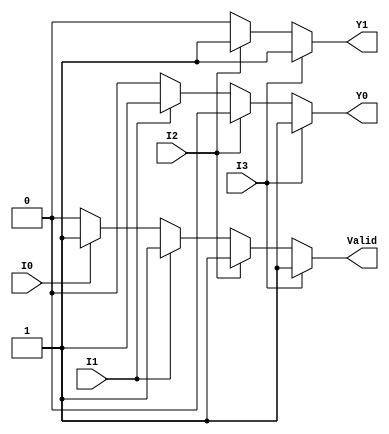
module priority_encoder_4to2 (
    input wire I3,   // Highest priority input
    input wire I2,
    input wire I1,
    input wire I0,   // Lowest priority input
    output reg Y1,   // Output bit 1
    output reg Y0,   // Output bit 0
    output reg Valid // Valid signal
);

// Combinational logic for the priority encoder
always @(*) begin
    // Default values
    Y1 = 0;
    Y0 = 0;
    Valid = 0;

    // Priority encoding logic
    if (I3) begin
        Y1 = 1;
        Y0 = 1;
        Valid = 1;
    end else if (I2) begin
        Y1 = 1;
        Y0 = 0;
        Valid = 1;
    end else if (I1) begin
        Y1 = 0;
        Y0 = 1;
        Valid = 1;
    end else if (I0) begin
        Y1 = 0;
        Y0 = 0;
        Valid = 1;
    end else begin
        // If all inputs are inactive, Valid remains 0
        Valid = 0;
    end
end

endmodule